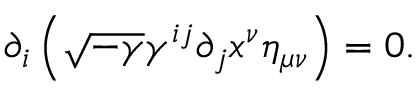
\partial _ { i } \left( \sqrt { - \gamma } \gamma ^ { i j } \partial _ { j } x ^ { \nu } \eta _ { \mu \nu } \right) = 0 .